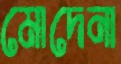
মোদেনা